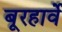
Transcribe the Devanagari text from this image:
बूरहार्वे